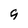
Character: 9